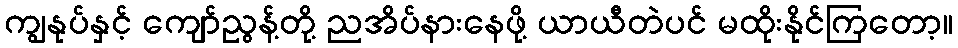
ကျွနုပ်နှင့် ကျော်ညွန့်တို့ ညအိပ်နားနေဖို့ ယာယီတဲပင် မထိုးနိုင်ကြတော့။